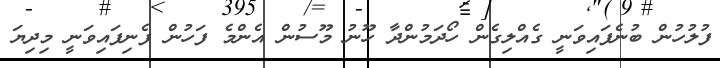
ފުލުހުން ބުނެފައިވަނީ ގެއްލިގެން ހޯދަމުންދާ ހޫނު މޫސުން އެންމެ ފަހުން ފެނިފައިވަނީ މިދިޔަ